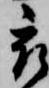
被